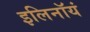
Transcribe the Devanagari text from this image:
इलिनॉयं